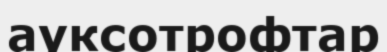
ауксотрофтар